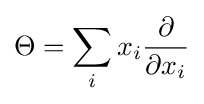
\Theta =\sum _{i}x_{i}{\partial  \over \partial x_{i}}